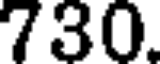
730.